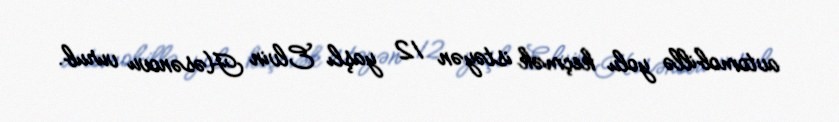
avtomobillə yolu keçmək istəyən 12 yaşlı Elvin Həsənovu vurub.